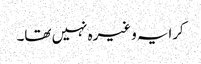
کرایہ وغیرہ نہیں تھا۔